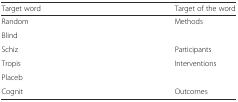
<table><thead><tr><td><b>Target word</b></td><td><b>Target of the word</b></td></tr></thead><tbody><tr><td>Random</td><td rowspan="2">Methods</td></tr><tr><td>Blind</td></tr><tr><td>Schiz</td><td>Participants</td></tr><tr><td>Tropis</td><td rowspan="2">Interventions</td></tr><tr><td>Placeb</td></tr><tr><td>Cognit</td><td>Outcomes</td></tr></tbody></table>